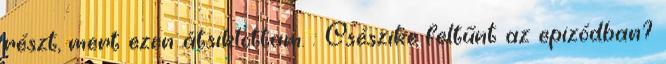
részt, mert ezen átsiklottam. : Csészike feltűnt az epizódban?